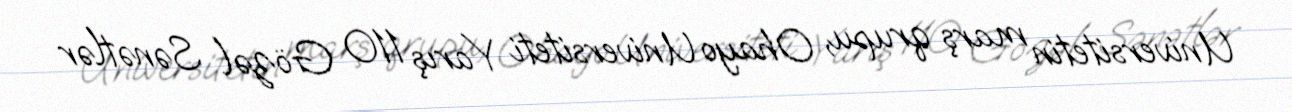
Universitetin marş qrupu, Ohayo Universiteti Yarış 110 Gözəl Sənətlər